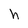
Character: h